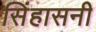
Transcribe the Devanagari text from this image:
सिंहासनी